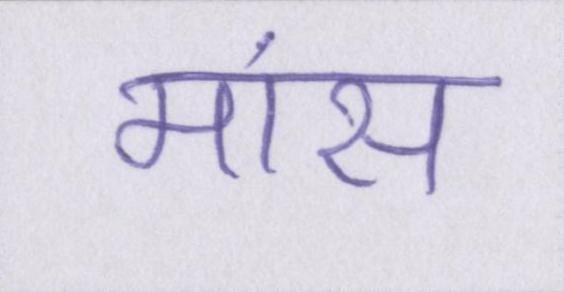
मांस